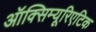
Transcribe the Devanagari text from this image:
ऑक्सिम्यूरिएटिक